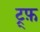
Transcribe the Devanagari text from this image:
ट्र्फ़